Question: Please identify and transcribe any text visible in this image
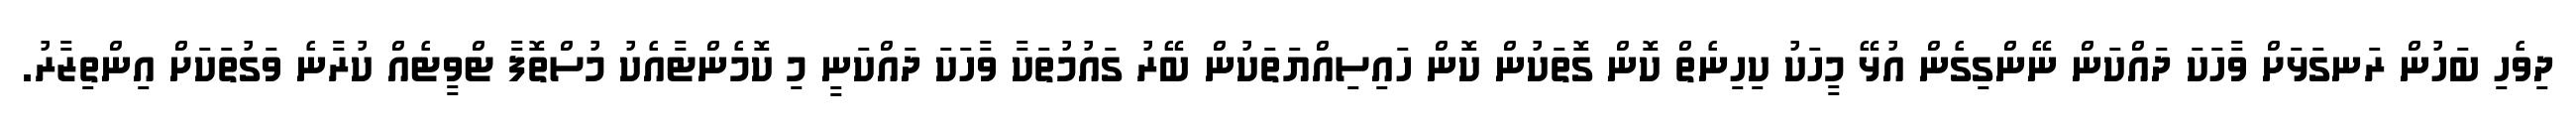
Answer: ދިވެހި ބަހުން ރަނގަޅަށް ވާހަކަ ދައްކަން ނޭންގިގެން އުޅޭ މީހަކު ކިހިނެތް ކޮން ގޮތަކުން ކޮން ހައިސިއްޔަތަކުން ބޭރު ގައުމުތަކާ ވާހަކަ ދައްކަނީ މި ކޮމެންޓާއެކު މުސްތޮފާ ޓްވީޓެއް ކުރާނެ ވަގުތަކަށް އިންތިޒާރު.